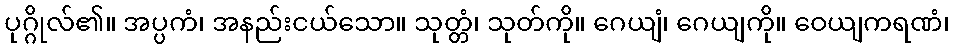
ပုဂ္ဂိုလ်၏။ အပ္ပကံ၊ အနည်းငယ်သော။ သုတ္တံ၊ သုတ်ကို။ ဂေယျံ၊ ဂေယျကို။ ဝေယျကရဏံ၊